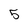
Character: 5